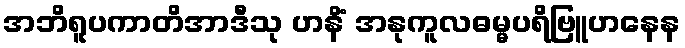
အဘိရူပကာတိအာဒီသု ဟနိံ အနုကူလဓမ္မပရိဗြူဟနေန